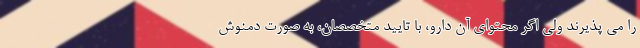
را می پذیرند ولی اگر محتوای آن دارو، با تایید متخصصان، به صورت دمنوش